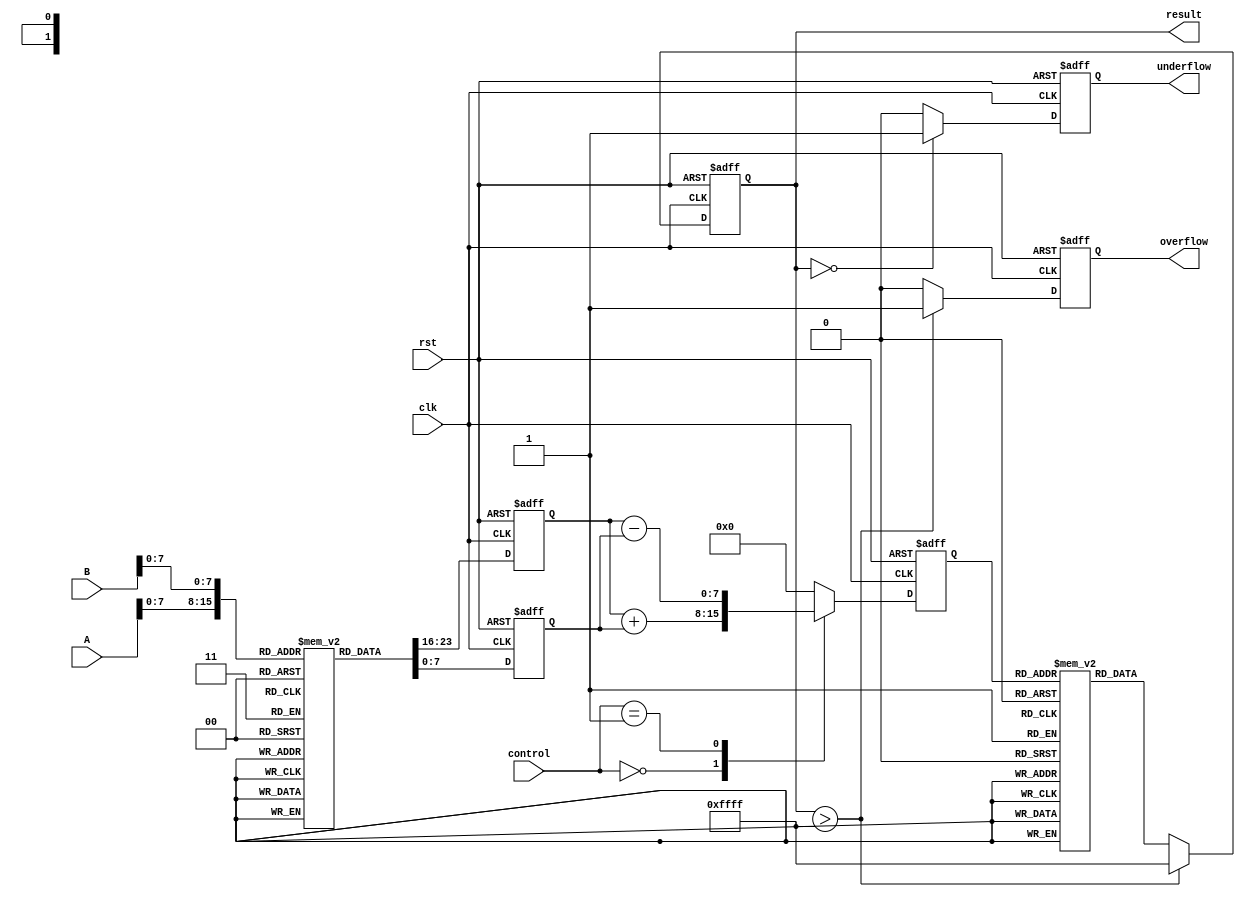
module LogarithmBasedDSPU (
    input [15:0] A,           // Input A in fixed-point format
    input [15:0] B,           // Input B in fixed-point format
    input [1:0] control,      // Control signal: 00 - Multiply, 01 - Divide
    input clk,                // Clock signal
    input rst,                // Reset signal
    output reg [15:0] result,  // Output result in fixed-point format
    output reg overflow,       // Overflow flag
    output reg underflow       // Underflow flag
);

    // Logarithm Lookup Table (LUT)
    reg [15:0] log_LUT [0:255]; // Example size, can be adjusted
    initial begin
        // Initialize the log_LUT with precomputed values
        // log_LUT[i] = log2(i) * scale_factor (fixed-point representation)
        // Fill this with actual values based on your range and precision requirements
    end

    // Exponential Lookup Table (LUT)
    reg [15:0] exp_LUT [0:255]; // Example size, can be adjusted
    initial begin
        // Initialize the exp_LUT with precomputed values
        // exp_LUT[i] = exp2(i) * scale_factor (fixed-point representation)
        // Fill this with actual values based on your range and precision requirements
    end

    // Logarithm Block
    reg [15:0] logA, logB;
    always @(posedge clk or posedge rst) begin
        if (rst) begin
            logA <= 0;
            logB <= 0;
        end else begin
            // Assuming A and B are within the range of the LUT
            logA <= log_LUT[A[7:0]]; // Use lower 8 bits for LUT indexing
            logB <= log_LUT[B[7:0]];
        end
    end

    // Arithmetic Unit
    reg [15:0] logResult;
    always @(posedge clk or posedge rst) begin
        if (rst) begin
            logResult <= 0;
        end else begin
            case (control)
                2'b00: logResult <= logA + logB; // Multiplication in log domain
                2'b01: logResult <= logA - logB; // Division in log domain
                default: logResult <= 0;
            endcase
        end
    end

    // Exponential Block
    always @(posedge clk or posedge rst) begin
        if (rst) begin
            result <= 0;
            overflow <= 0;
            underflow <= 0;
        end else begin
            // Assuming logResult is within the range of the exp_LUT
            result <= exp_LUT[logResult[7:0]]; // Use lower 8 bits for LUT indexing

            // Check for overflow/underflow (simple example, adjust as needed)
            if (result > 16'hFFFF) begin
                overflow <= 1;
                result <= 16'hFFFF; // Clamp to max
            end else begin
                overflow <= 0;
            end

            if (result == 0) begin
                underflow <= 1;
            end else begin
                underflow <= 0;
            end
        end
    end

endmodule